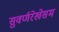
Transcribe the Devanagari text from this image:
सुवर्णरेखेसम